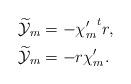
LaTeX: \begin{align*}&\widetilde{\mathcal{Y}}_{m}=-{\chi'_{m}}^{t}r,\\&\widetilde{\mathcal{Y}}_{m}=-r\chi'_{m}.\end{align*}